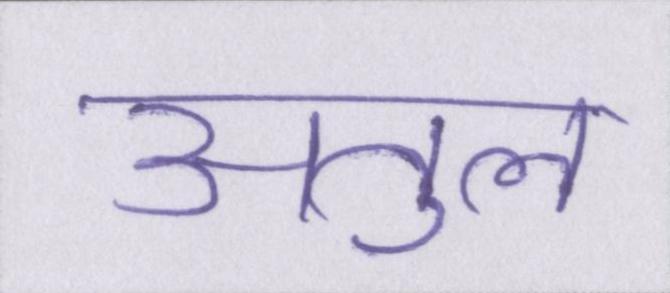
अतुल